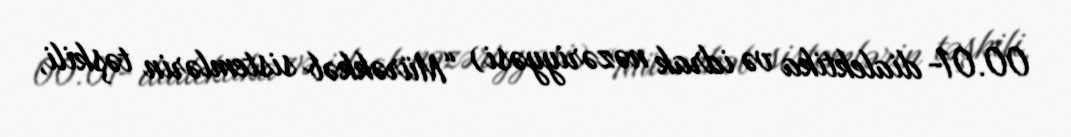
00.01- dialektika və idrak nəzəriyyəsi) “Mürəkkəb sistemlərin təşkili,